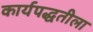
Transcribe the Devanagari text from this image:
कार्यपद्धतीला